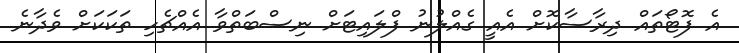
އެ ފޮޓޯތައް ދިރާސާކޮށް އެއީ ގެއްލުުނު ފްލައިޓަށް ނިސްބަތްވާ އެއްޗެހި ތަކަކަށް ވެދާނެ